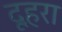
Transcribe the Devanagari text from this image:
दूहरा